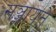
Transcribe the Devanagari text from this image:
सञ्जायते